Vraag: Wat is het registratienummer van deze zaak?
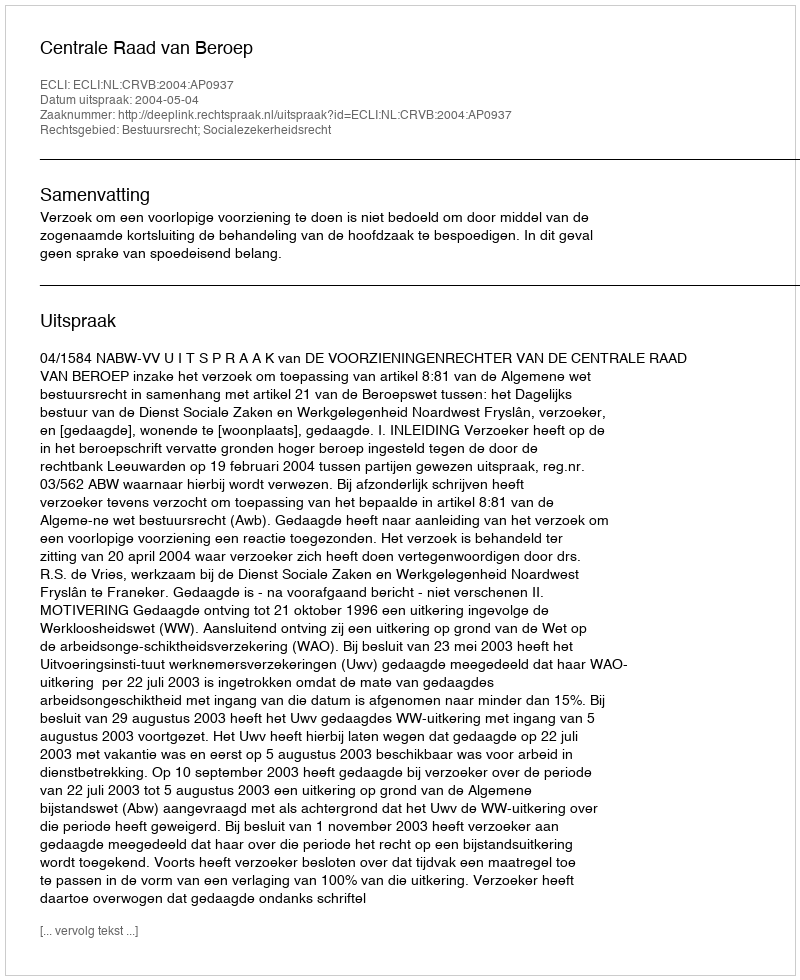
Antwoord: http://deeplink.rechtspraak.nl/uitspraak?id=ECLI:NL:CRVB:2004:AP0937